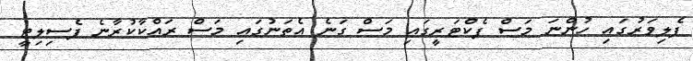
ފެލިވަރުގައި ހުންނަ މަސް ފެކްޓަރީގައި މަސް ގަނެ އެތަނުގައި މަސް ރައްކާކުރާނެ ފެސިލިޓީ